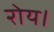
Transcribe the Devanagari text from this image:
रोय।